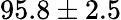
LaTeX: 95.8\pm 2.5